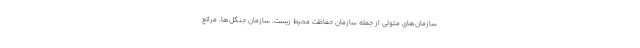
سازمان‌های متولی از جمله سازمان حفاظت محیط زیست، سازمان جنگل‌ها، مراتع